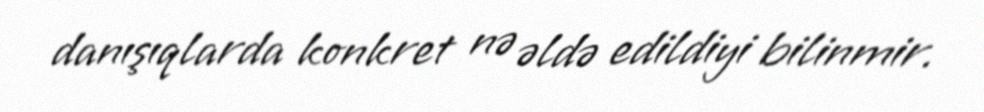
danışıqlarda konkret nə əldə edildiyi bilinmir.